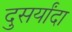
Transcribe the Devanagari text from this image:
दुसर्यांदा